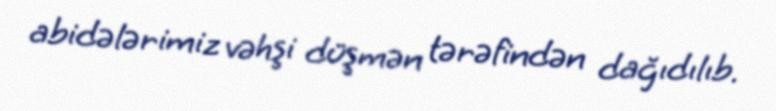
abidələrimiz vəhşi düşmən tərəfindən dağıdılıb.